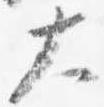
大